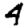
Digit: 4